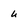
Character: u